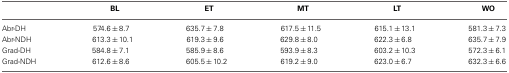
<table><thead><tr><td></td><td><b>BL</b></td><td><b>ET</b></td><td><b>MT</b></td><td><b>LT</b></td><td><b>WO</b></td></tr></thead><tbody><tr><td>Abr-DH</td><td>574.6±8.7</td><td>635.7±7.8</td><td>617.5±11.5</td><td>615.1±13.1</td><td>581.3±7.3</td></tr><tr><td>Abr-NDH</td><td>613.3±10.1</td><td>619.3±9.6</td><td>629.8±8.0</td><td>622.3±6.8</td><td>635.7±7.9</td></tr><tr><td>Grad-DH</td><td>584.8±7.1</td><td>585.9±8.6</td><td>593.9±8.3</td><td>603.2±10.3</td><td>572.3±6.1</td></tr><tr><td>Grad-NDH</td><td>612.6±8.6</td><td>605.5±10.2</td><td>619.2±9.0</td><td>623.0±6.7</td><td>632.3±6.6</td></tr></tbody></table>